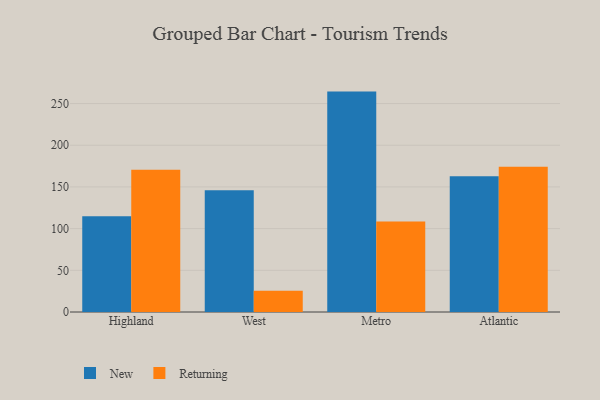
{"axis": {"x": "Region", "y": "Humidity (%)"}, "legend": ["New", "Returning"], "data": [{"x": "Highland", "y": 114.8, "type": "New"}, {"x": "Highland", "y": 170.5, "type": "Returning"}, {"x": "West", "y": 146.0, "type": "New"}, {"x": "West", "y": 25.4, "type": "Returning"}, {"x": "Metro", "y": 264.3, "type": "New"}, {"x": "Metro", "y": 108.5, "type": "Returning"}, {"x": "Atlantic", "y": 162.9, "type": "New"}, {"x": "Atlantic", "y": 174.3, "type": "Returning"}]}